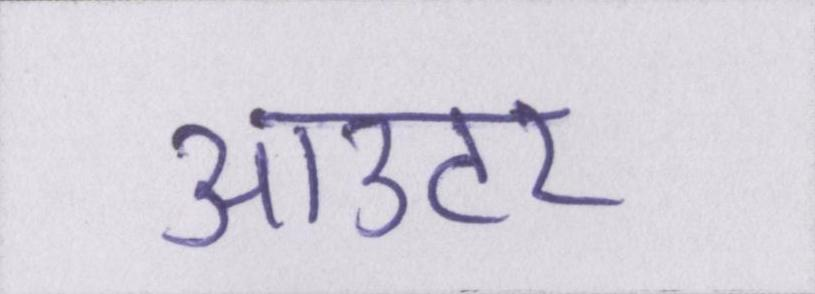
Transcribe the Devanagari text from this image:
आउटर